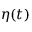
\eta ( t )